Civil Veterinary Department. United Provinces 1923-31 - 1923-1931
Year: 1923
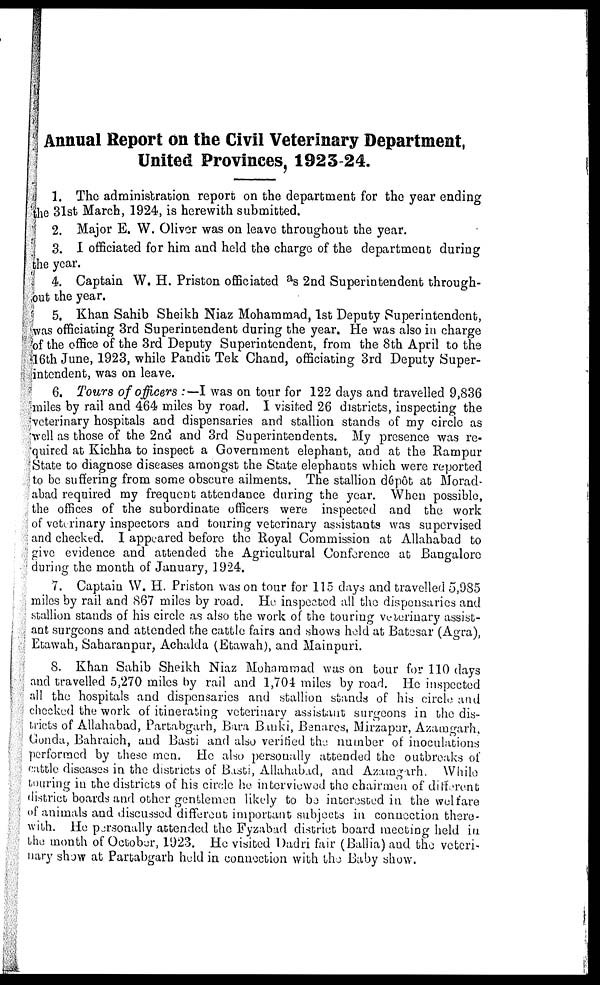
Annual Report on the Civil Veterinary Department,
United Provinces, 1923 24.
1. The administration repor on the department for the year ending
he 31st March, 1924, is herewith submitted.
2. Major E. W. Oliver was on leave throughout the year.
8. I officiated for him and held the charge of the department during
he year,
4. Captain W. H. Priston officiated as 2nd Superintendent through-
jut the year.
5. Khan Sahib Sheikh Niaz Mohammad, 1st Deputy Superintendent,
was officiating 3rd Superintendent during the year. He was also in charge
of the office of the 3rd Deputy Superintendent, from the 8th April to the
16th June, 1923, while Pandit Tek Chand, officiating 3rd Deputy Super-
intendent, was on leave.
6. Tours of officers :—I was on tour for 122 days and travelled 9,836
miles by rail and 464 miles by road. I visited 26 districts, inspecting the
veterinary hospitals and dispensaries and stallion stands of my circle as
well as those of the 2nd and 3rd Superintendents. My presence was re-
quired at Kichha to inspect a Government elephant, and at the Rampur
State to diagnose diseases amongst the State elephants which were reported
to be suffering from some obscure ailments. The stallion dépôt at Morad-
abad required my frequent attendance during the year. When possible,
the offices of the subordinate officers were inspected and the work
of vetarinary inspectors and touring veterinary assistants was supervised
and checked. 1 appeared before the Royal Commission at Allahabad to
give evidence and attended the Agricultural Conference at Bangalore
during the month of January, 1924.
7. Captain W. H. Priston was on tour for 115 days and travelled 5,985
miles by rail and 867 miles by road. He inspected all the dispensaries and
stallion stands of his circle as also the work of the touring veterinary assist-
ant surgeons and attended the cattle fairs and .shows held at Batesar (Agra),
Etawah, Saharanpur, Achalda (Etawah), and Mainpuri.
S. Khan Sahib Sheikh Niaz Mohammad was on tour for 110 days
and travelled 5,270 miles by rail and 1,704 miles by road. He inspected
all the hospitals and dispensaries and stallion stands of his circle and
checked the work of itinerating veterinary assistant surgeons in the dis-
tricts of Allahabad, Partabgarh, Bara Bmki, Benares, Mirzapur, Azamgarh,
Conda, Bahraich, and Basti and also verified the number of inoculations
performed by these men. He also personally attended the outbreaks of
cattle diseases in the districts of Basti, Allahabad, and Azungarh. While
tearing in the districts of his circle he interviewed the chairmen of different
district boards and other gentlemen likely to be interested in the welfare
of animals and discussed different important subjects in connection there-
with. He personally attended the Fyzabad district board meeting held in
the month of October, 1923. He visited Dadri fair (Ballia)and the veteri-
nary show at Partabgarh held in connection with the Baby show.